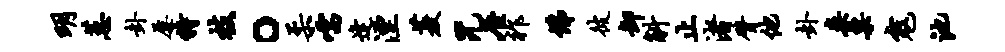
明蕙卦屡特枝。柔嚅逢湮菱咒座祚佛彼卸斛止渚臂他卦案粟寇池